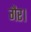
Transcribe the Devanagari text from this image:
गैर।